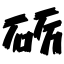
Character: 砺